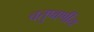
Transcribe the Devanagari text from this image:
चतुष्वर्णीय